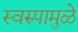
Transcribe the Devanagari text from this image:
स्वरुपामुळे